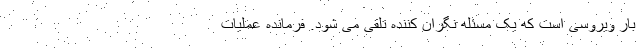
بار ویروسی است که یک مسئله نگران کننده تلقی می شود. فرمانده عملیات